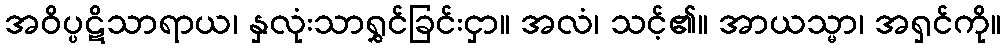
အဝိပ္ပဋိသာရာယ၊ နှလုံးသာရွှင်ခြင်းငှာ။ အလံ၊ သင့်၏။ အာယသ္မာ၊ အရှင်ကို။